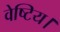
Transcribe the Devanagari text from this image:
वेष्टिय।